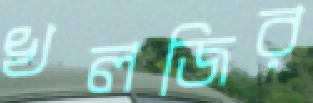
খলজির